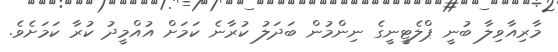
މާރިއާވިލާ ބުނީ ޕްލެޓީނީގެ ނިންމުން ބަދަލު ކުރާނެ ކަމަށް އުއްމީދު ކުރާ ކަމަށެވެ.